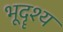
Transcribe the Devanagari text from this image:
भूदॄश्य